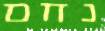
נחם